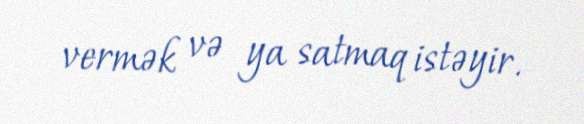
vermək və ya satmaq istəyir.